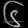
Digit: ၆